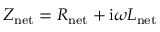
Z _ { \mathrm { n e t } } = R _ { \mathrm { n e t } } + \mathrm { i } \omega L _ { \mathrm { n e t } }